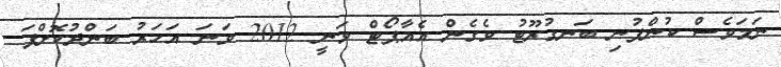
ނަމަވެސް ކުންފުނި ބަނގުރޫޓު ވެގެން އެއާޕޯޓް ވަނީ 2012 ވަނަ އަހަރު ބަންދުކޮށްފަ